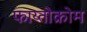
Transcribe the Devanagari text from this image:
फाय्तोक्रोम